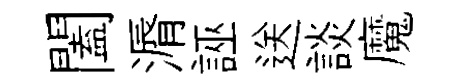
闔漘誣送談魔